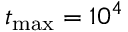
t _ { \mathrm { m a x } } = 1 0 ^ { 4 }